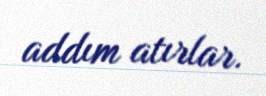
addım atırlar.